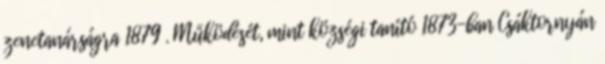
zenetanárságra 1879 . Működését, mint községi tanító 1873-ban Csáktornyán